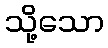
သို့သော